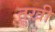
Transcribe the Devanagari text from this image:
तूख़ी